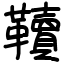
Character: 韇